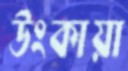
উংকায়া